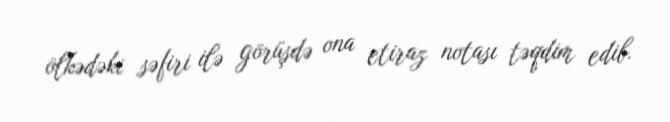
ölkədəki səfiri ilə görüşdə ona etiraz notası təqdim edib.